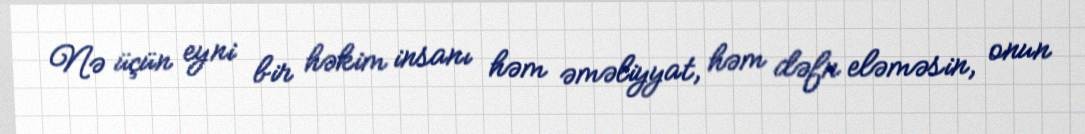
Nə üçün eyni bir həkim insanı həm əməliyyat, həm dəfn eləməsin, onun